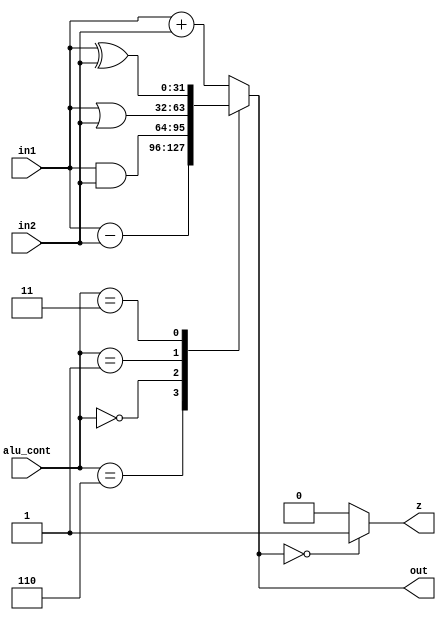
`timescale 1ns / 1ps
//////////////////////////////////////////////////////////////////////////////////
// Company: 
// Engineer: 
// 
// Design Name: 
// Module Name: ALU
// Project Name: 
// Target Devices: 
// Tool Versions: 
// Description: 
// 
// Dependencies: 
// 
// Revision:
// Revision 0.01 - File Created
// Additional Comments:
// 
//////////////////////////////////////////////////////////////////////////////////


module ALU(in1,in2,out,alu_cont,z);
input[31:0]in1,in2;
input[3:0]alu_cont;
output reg[31:0]out;
output z;
always@(*)
begin
case(alu_cont)

4'd2:   out<=in1+in2;
4'd6:   out<=in1-in2;
4'd0:   out<=in1&in2;
4'd1:   out<=in1|in2;
4'd3:   out<=in1^in2;
default:  out<=in1+in2;
 
endcase
end
assign z=(out==0)?1'b1:1'b0;
endmodule